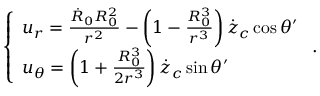
\left\{ \begin{array} { l } { u _ { r } = \frac { \dot { R } _ { 0 } R _ { 0 } ^ { 2 } } { r ^ { 2 } } - \left( 1 - \frac { R _ { 0 } ^ { 3 } } { r ^ { 3 } } \right) \dot { z } _ { c } \cos \theta ^ { \prime } } \\ { u _ { \theta } = \left( 1 + \frac { R _ { 0 } ^ { 3 } } { 2 r ^ { 3 } } \right) \dot { z } _ { c } \sin \theta ^ { \prime } } \end{array} \right. .